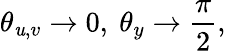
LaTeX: \theta_{\mathit{u},v}\rightarrow0,\ \theta_{y}\rightarrow{\frac{{\pi}}{{2}}},